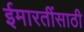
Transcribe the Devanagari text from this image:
ईमारतींसाठी